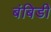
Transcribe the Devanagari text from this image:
बंबिडी